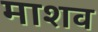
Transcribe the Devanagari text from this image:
माशव